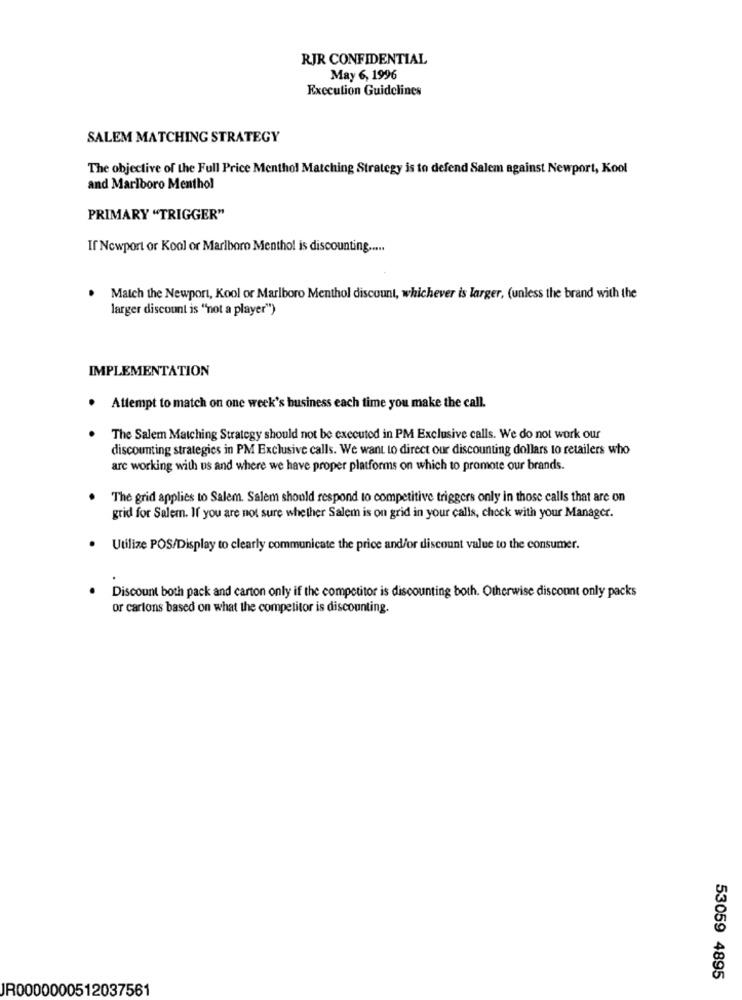
RJR CONFIDENTIAL
May 6, 1996
Execution Guidelines
SALEM MATCHING STRATEGY
The objective of the Full Price Menthol Matching Strategy is to defend Salem against Newport, Kool
and Marlboro Menthol
PRIMARY "TRIGGER"
If Nowport or Kool or Marlboro Menthol is discounting .....
.
Match the Newport, Kool or Marlboro Menthol discount, whichever is larger, (unless the brand with the
larger discount is "not a player")
IMPLEMENTATION
· Attempt to match on one week's business each time you make the call.
The Salem Matching Strategy should not be executed in PM Exclusive calls. We do not work our
discounting strategies in PM Exclusive calls. We want to direct our discounting dollars to retailers who
arc working with us and where we have proper platforms on which to promote our brands.
The grid applies to Salem. Salem should respond to competitive triggers only in those calls that are on
grid for Salem. If you are not sure whether Salem is on grid in your calls, check with your Manager.
. Utilize POS/Display to clearly communicate the price and/or discount value to the consumer.
Discount both pack and carton only if the competitor is discounting both. Otherwise discount only packs
or cartons based on what the competitor is discounting.
53059 4895
JR0000000512037561